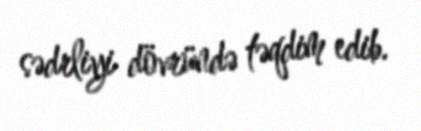
sədrliyi dövründə təqdim edib.